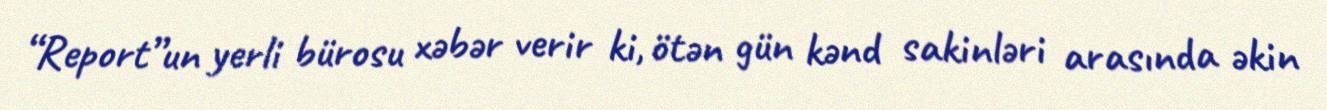
“Report”un yerli bürosu xəbər verir ki, ötən gün kənd sakinləri arasında əkin